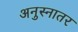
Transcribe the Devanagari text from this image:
अनुस्नातर